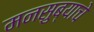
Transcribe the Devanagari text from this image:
मनसुब्याचे